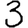
Digit: 3